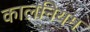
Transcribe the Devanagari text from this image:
कालनियम